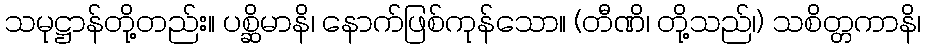
သမုဋ္ဌာန်တို့တည်း။ ပစ္ဆိမာနိ၊ နောက်ဖြစ်ကုန်သော။ (တီဏိ၊ တို့သည်၊) သစိတ္တကာနိ၊